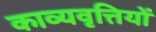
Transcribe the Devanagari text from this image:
काव्यवृत्तियों